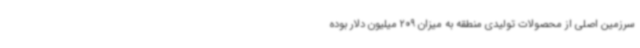
سرزمین اصلی از محصولات تولیدی منطقه به میزان 209 میلیون دلار بوده